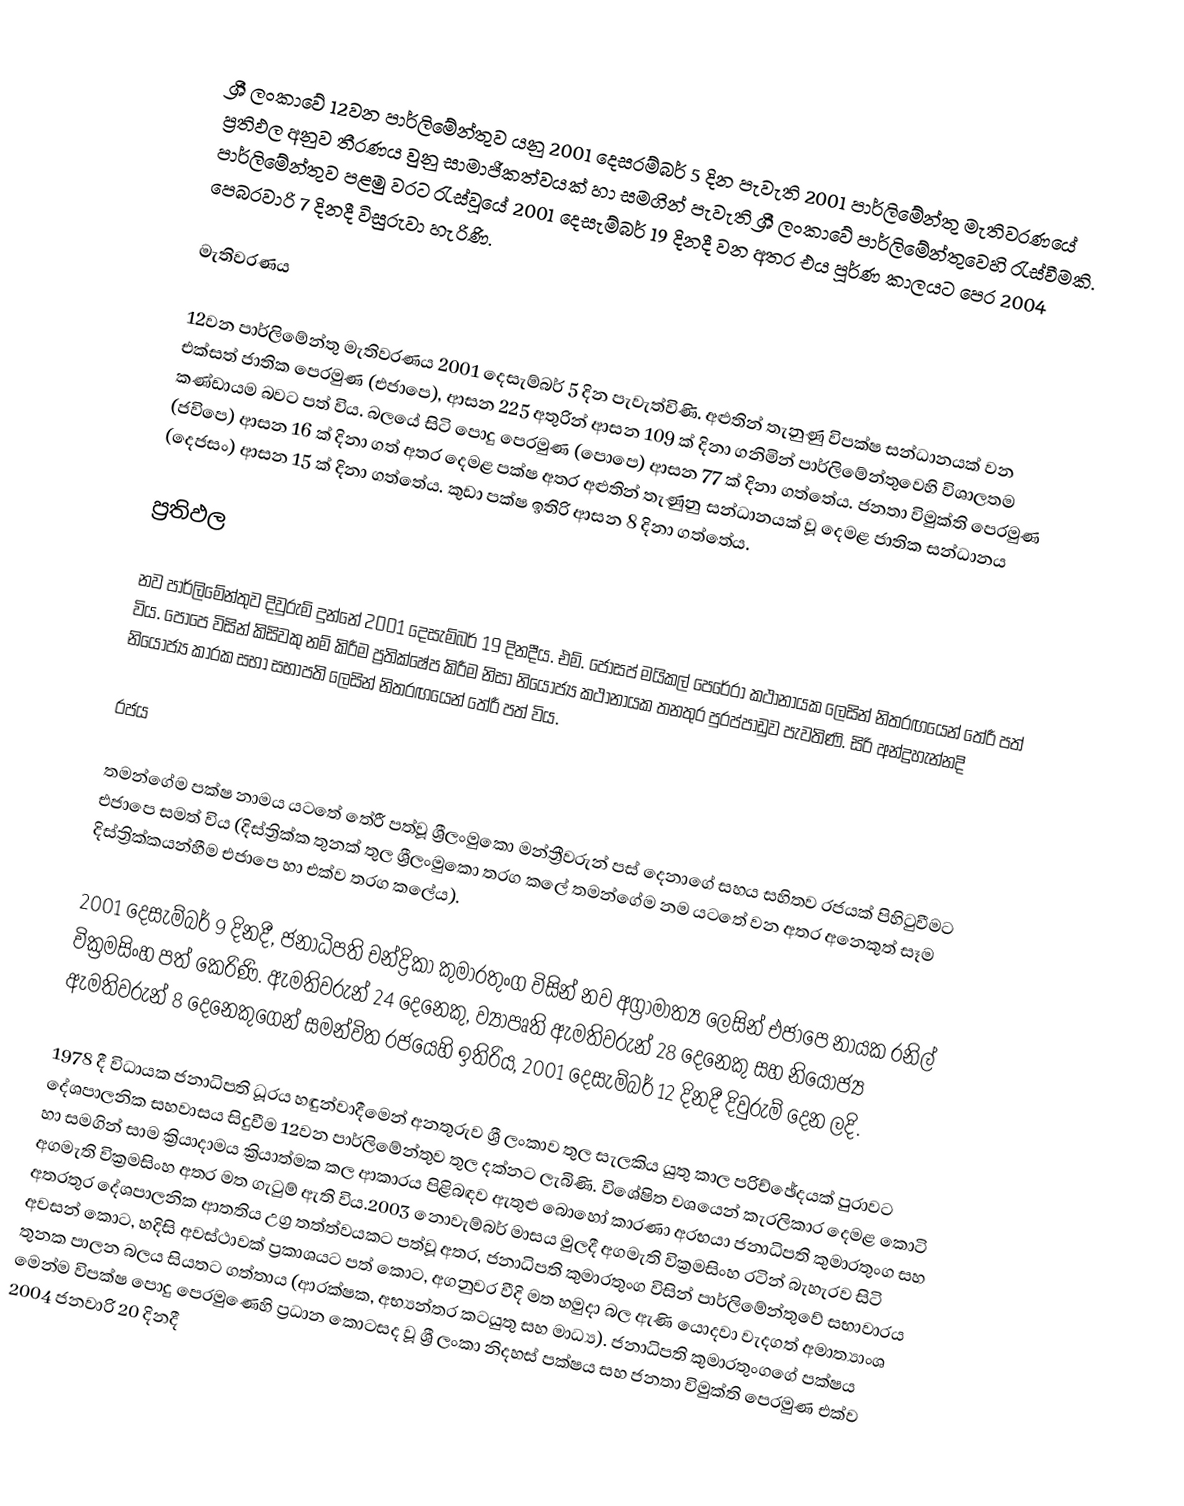
ශ්‍රී ලංකාවේ 12වන පාර්ලිමේන්තුව යනු 2001 දෙසරම්බර් 5 දින පැවැති 2001 පාර්ලිමේන්තු මැතිවරණයේ ප්‍රතිඵල අනුව තීරණය වුනු සාමාජීකත්වයක් හා සමගින් පැවැති ශ්‍රී ලංකාවේ පාර්ලිමේන්තුවෙහි රැස්වීමකි. පාර්ලිමේන්තුව පළමු වරට රැස්වූයේ  2001 දෙසැම්බර් 19 දිනදී වන අතර එය පූර්ණ කාලයට පෙර 2004 පෙබරවාරි 7 දිනදී විසුරුවා හැරිණි.

මැතිවරණය

12වන පාර්ලිමේන්තු මැතිවරණය 2001 දෙසැම්බර් 5 දින පැවැත්විණි. අළුතින් තැනුණු විපක්ෂ සන්ධානයක් වන එක්සත් ජාතික පෙරමුණ (එජාපෙ), ආසන 225 අතුරින් ආසන 109 ක් දිනා ගනිමින් පාර්ලිමේන්තුවෙහි විශාලතම කණ්ඩායම බවට පත් විය. බලයේ සිටි පොදු පෙරමුණ (පොපෙ) ආසන 77 ක් දිනා ගත්තේය. ජනතා විමුක්ති පෙරමුණ (ජවිපෙ) ආසන 16 ක් දිනා ගත් අතර දෙමළ පක්ෂ අතර අළුතින් තැණුනු සන්ධානයක් වූ දෙමළ ජාතික සන්ධානය (දෙජසං) ආසන 15 ක් දිනා ගත්තේය. කුඩා පක්ෂ ඉතිරි ආසන 8 දිනා ගත්තේය.

ප්‍රතිඵල

නව පාර්ලිමේන්තුව දිවුරුම් දුන්නේ 2001 දෙසැම්බර් 19 දිනදීය. එම්. ජෝසප් මයිකල් පෙරේරා කථානායක ලෙසින් නිතරඟයෙන් තේරී පත් විය. පොපෙ විසින් කිසිවකු නම් කිරීම ප්‍රතික්ෂේප කිරීම නිසා නියෝජ්‍ය කථානායක තනතුර පුරප්පාඩුව පැවතිණි. සිරි අන්ද්‍රහැන්නදි නියෝජ්‍ය කාරක සභා සභාපති ලෙසින් නිතරඟයෙන් තේරී පත් විය.

රජය

තමන්ගේම පක්ෂ නාමය යටතේ තේරී පත්වූ ශ්‍රීලංමුකො මන්ත්‍රීවරුන් පස් දෙනාගේ සහය සහිතව රජයක් පිහිටුවීමට එජාපෙ සමත් විය (දිස්ත්‍රික්ක තුනක් තුල ශ්‍රීලංමුකො තරග කලේ තමන්ගේම නම යටතේ වන අතර අනෙකුත් සෑම දිස්ත්‍රික්කයන්හීම එජාපෙ හා එක්ව තරග කලේය).

2001 දෙසැම්බර් 9 දිනදී, ජනාධිපති චන්ද්‍රිකා කුමාරතුංග විසින් නව අග්‍රාමාත්‍ය ලෙසින් එජාපෙ නායක රනිල් වික්‍රමසිංහ පත් කෙරිණි. ඇමතිවරුන් 24 දෙනෙකු, ව්‍යාපෘති ඇමතිවරුන් 28 දෙනෙකු සහ නියෝජ්‍ය ඇමතිවරුන් 8 දෙනෙකුගෙන් සමන්විත රජයෙහි ඉතිරිය, 2001 දෙසැම්බර් 12 දිනදී දිවුරුම් දෙන ලදි.

1978 දී විධායක ජනාධිපති ධූරය හඳුන්වාදීමෙන් අනතුරුව ශ්‍රී ලංකාව තුල සැලකිය යුතු කාල පරිච්ඡේදයක් පුරාවට දේශපාලනික සහවාසය සිදුවීම 12වන පාර්ලිමේන්තුව තුල දක්නට ලැබිණි. විශේෂිත වශයෙන් කැරලිකාර දෙමළ කොටි හා සමගින් සාම ක්‍රියාදාමය ක්‍රියාත්මක කල ආකාරය පිළිබඳව ඇතුළු බොහෝ කාරණා අරභයා  ජනාධිපති කුමාරතුංග සහ අගමැති වික්‍රමසිංහ අතර මත ගැටුම් ඇති විය.2003 නොවැම්බර් මාසය මුලදී අගමැති වික්‍රමසිංහ රටින් බැහැරව සිටි අතරතුර දේශපාලනික ආතතිය උග්‍ර තත්ත්වයකට පත්වූ අතර, ජනාධිපති කුමාරතුංග විසින් පාර්ලිමේන්තුවේ සභාවාරය අවසන් කොට, හදිසි අවස්ථාවක් ප්‍රකාශයට පත් කොට, අගනුවර වීදි මත හමුදා බල ඇණි යොදවා වැදගත් අමාත්‍යාංශ තුනක පාලන බලය සියතට ගත්තාය (ආරක්ෂක, අභ්‍යන්තර කටයුතු සහ මාධ්‍ය). ජනාධිපති කුමාරතුංගගේ පක්ෂය මෙන්ම විපක්ෂ පොදු පෙරමුණෙහි ප්‍රධාන කොටසද වූ  ශ්‍රී ලංකා නිදහස් පක්ෂය සහ ජනතා විමුක්ති පෙරමුණ එක්ව 2004 ජනවාරි 20 දිනදී